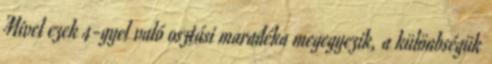
Mivel ezek 4-gyel való osztási maradéka megegyezik, a különbségük